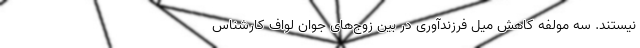
نیستند. سه مولفه کاهش میل فرزندآوری در بین زوج‌های جوان لواف کارشناس